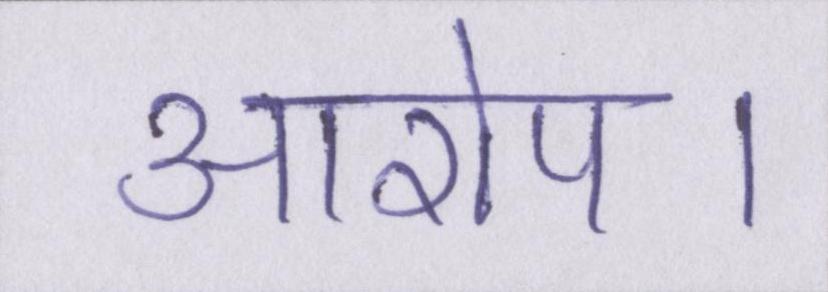
आरोप।